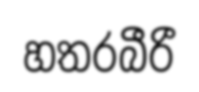
හතරබීරී